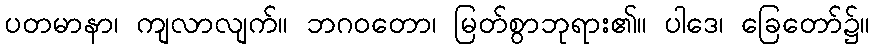
ပတမာနာ၊ ကျလာလျက်။ ဘဂဝတော၊ မြတ်စွာဘုရား၏။ ပါဒေ၊ ခြေတော်၌။